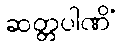
ဆတ္တပါဏိံ